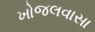
ખોજલવાસા